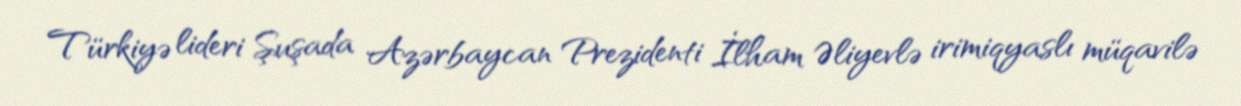
Türkiyə lideri Şuşada Azərbaycan Prezidenti İlham Əliyevlə irimiqyaslı müqavilə